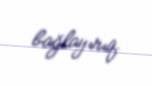
bağlayırıq.